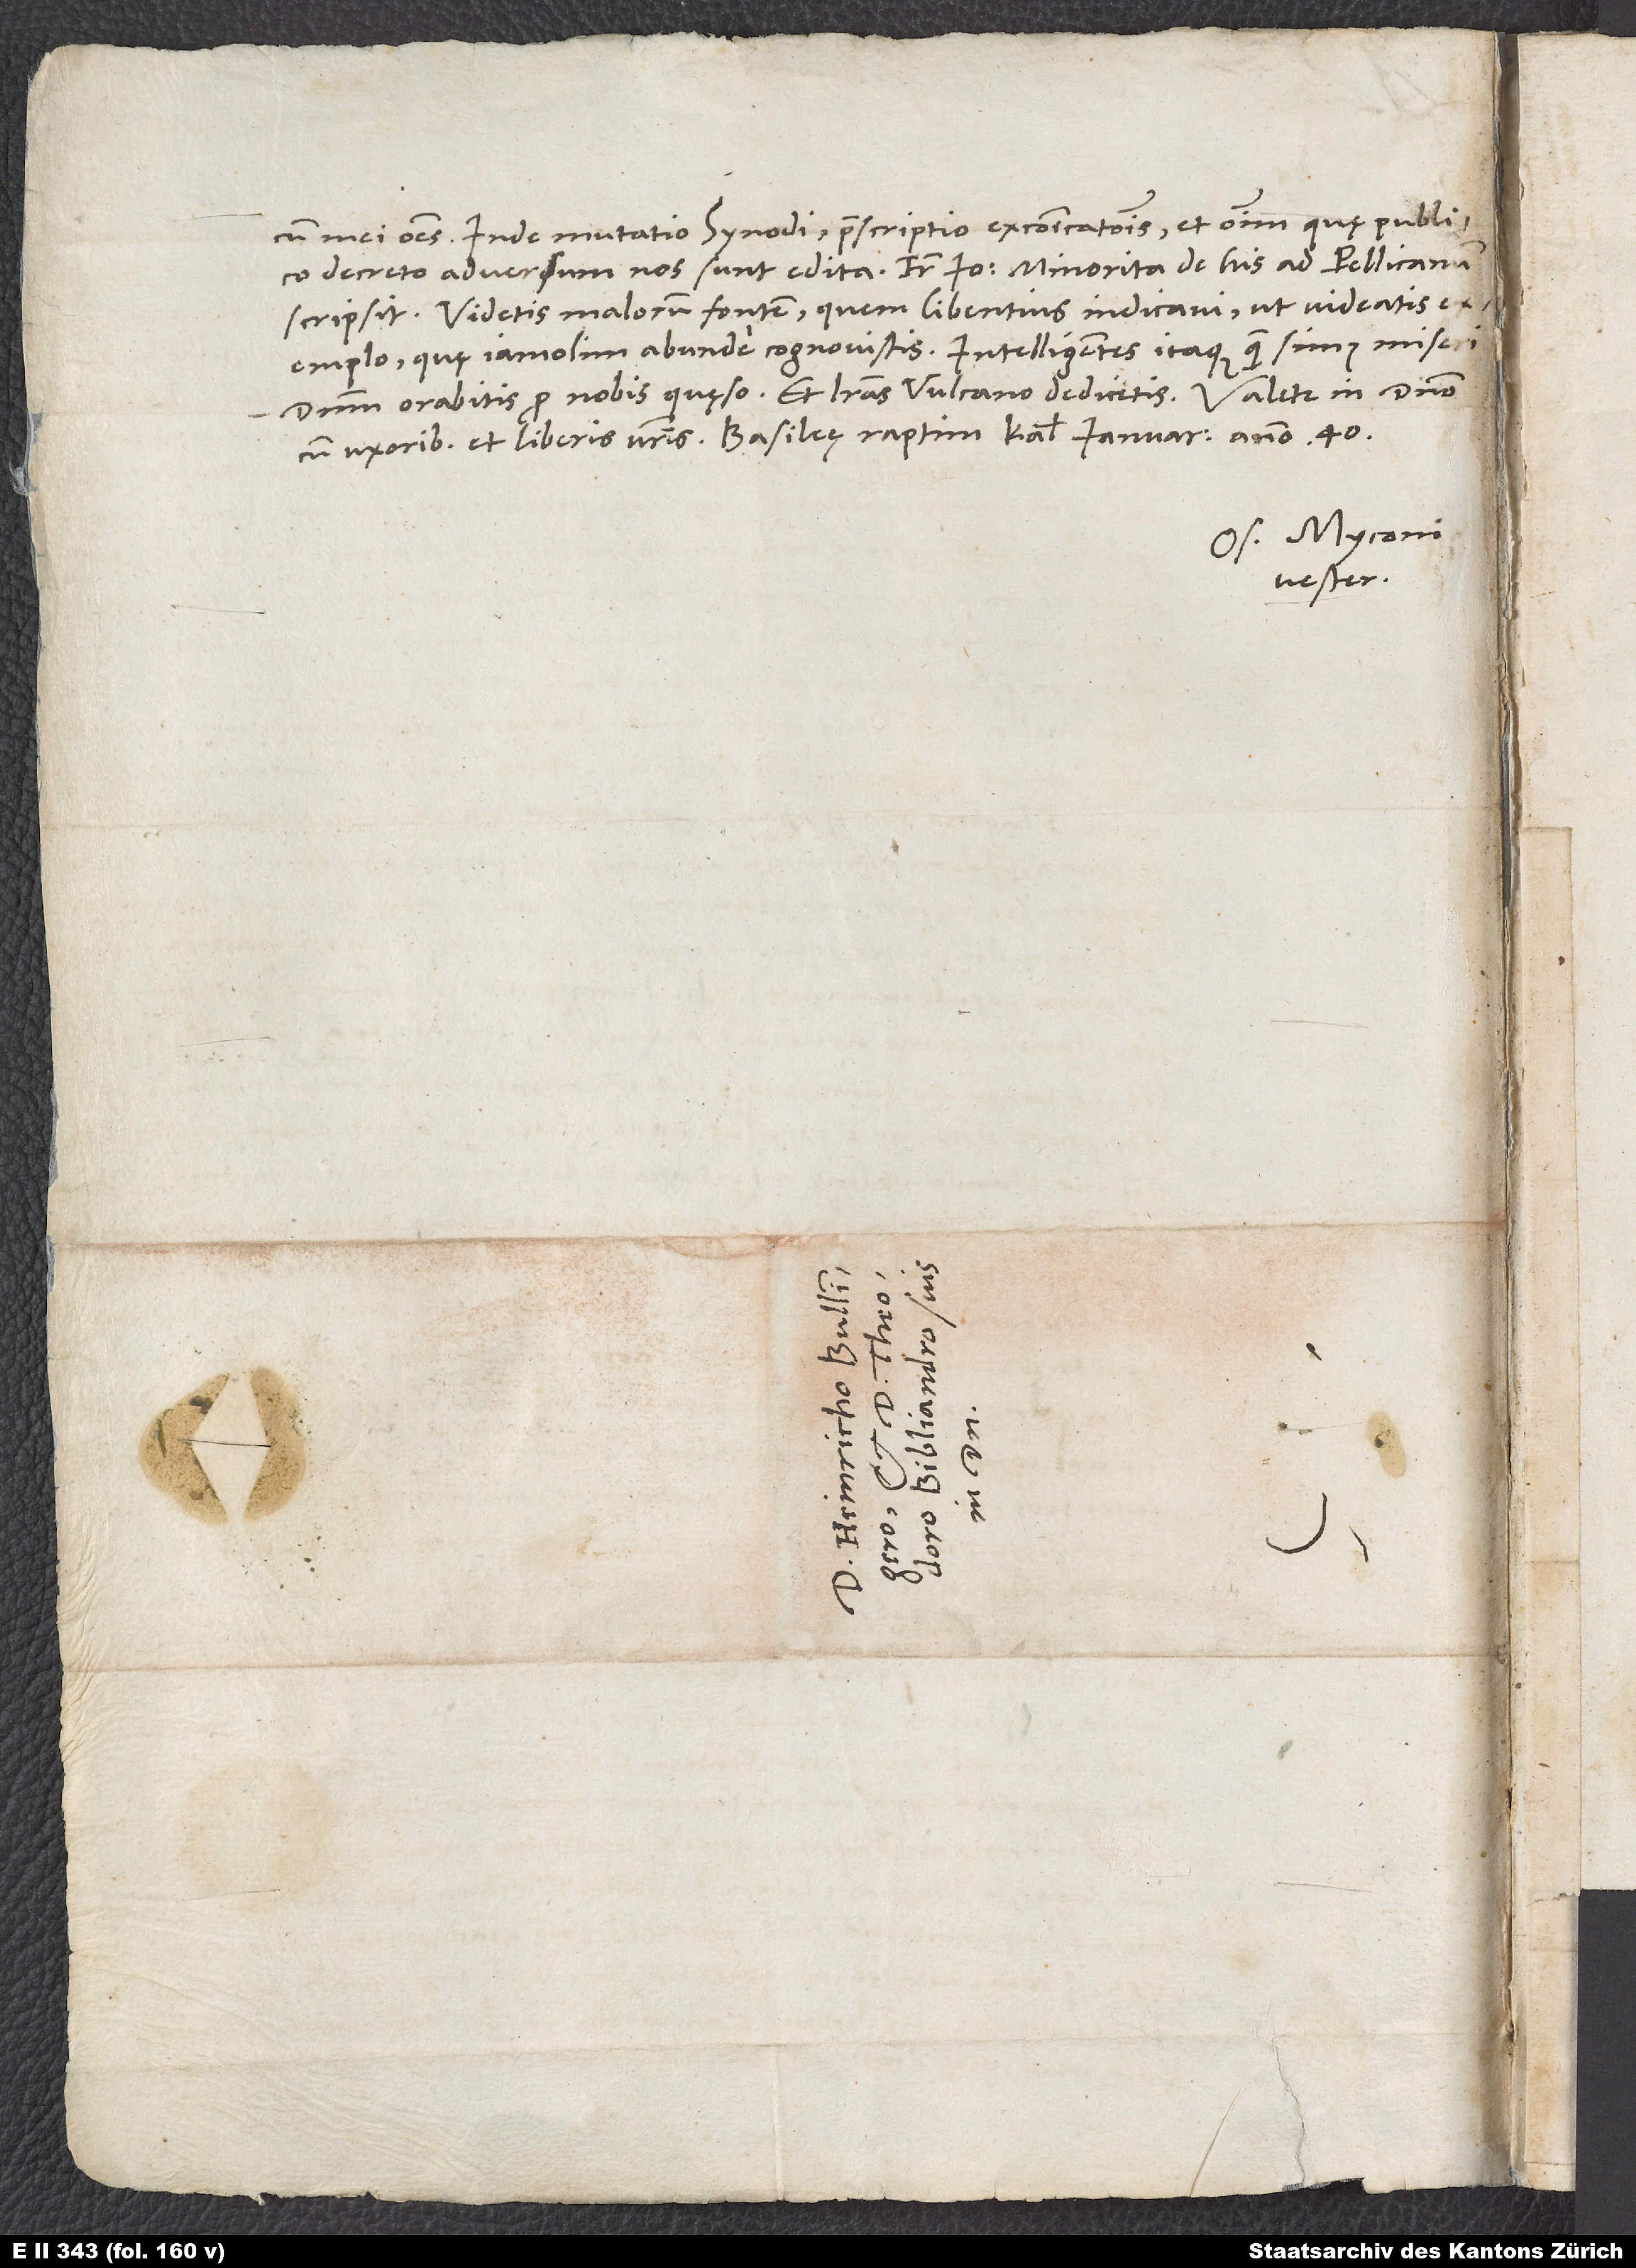
mecum mei omnes. Inde mutatio synodi, praescriptio excommunicationis et omnium, quę publico
decreto adversum nos sunt edita. Frater Io minorita de his ad Pellicanum
Videtis malorum fontem, quem libentius indicavi, ut videatis
exemplo, quę iam olim abunde cognovistis. Intelligentes itaque, quam simus miseri,
dominum orabitis pro nobis, quęso, et literas Vulcano dedicetis.
cum uxoribus et liberis vestris. Basileę, raptim, kalendis ianuarii anno 40.
Os. Myconius
vester.
S.